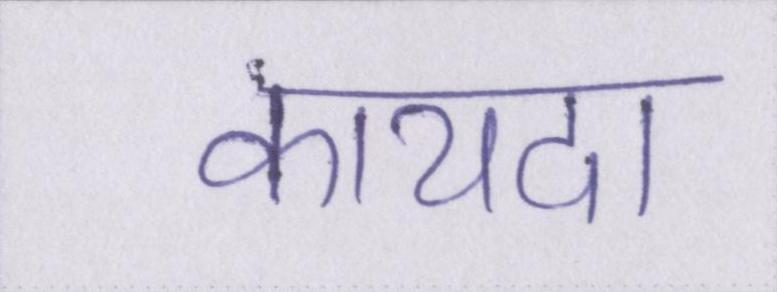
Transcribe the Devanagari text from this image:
कायदा